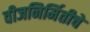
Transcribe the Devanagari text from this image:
वीजनिर्मितीचे